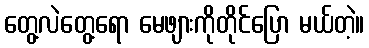
တွေ့လဲတွေ့ရော မေဖျားကိုတိုင်ပြော မယ်တဲ့။